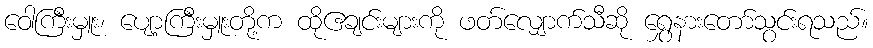
ဝေါကြီးမှူး၊ ပျော့ကြီးမှူးတို့က ထိုဧချင်းများကို ဖတ်လျှောက်သီဆို ရွှေနားတော်သွင်းရသည်။